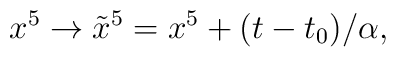
x^5 \to \tilde{x}^5 =x^5 +(t-t_0)/\alpha ,